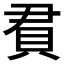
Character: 𬥒